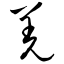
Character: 羌